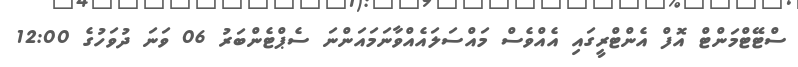
ސްޓޭޓްމަންޓް އޮފް އެންޓްރީގައި އެއްވެސް މައްސަލައެއްވާނަމައަންނަ ސެޕްޓެންބަރު 06 ވަނަ ދުވަހުގެ 12:00